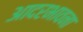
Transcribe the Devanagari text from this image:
आदरभावना